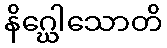
နိဂ္ဃေါသောတိ